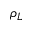
\rho _ { L }